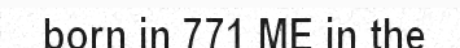
born in 771 ME in the